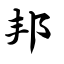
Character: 邦